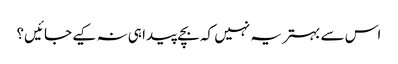
اس سے بہتر یہ نہیں کہ بچے پیدا ہی نہ کیے جائیں؟